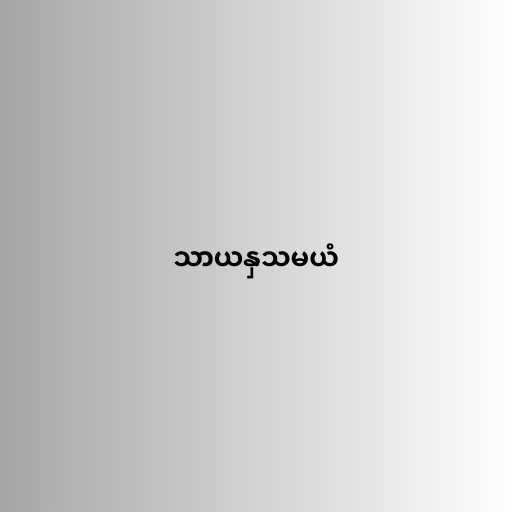
သာယနှသမယံ